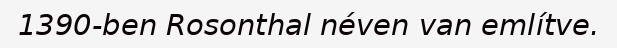
1390-ben Rosonthal néven van említve.